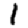
Digit: 1